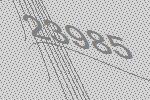
23985